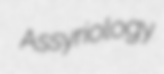
Assyriology